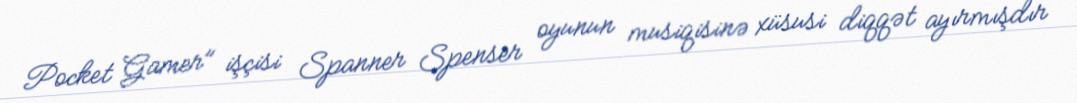
Pocket Gamer" işçisi Spanner Spenser oyunun musiqisinə xüsusi diqqət ayırmışdır